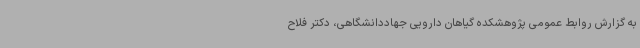
به گزارش روابط عمومی پژوهشکده گیاهان دارویی جهاددانشگاهی، دکتر فلاح